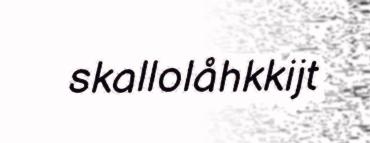
skallolåhkkijt